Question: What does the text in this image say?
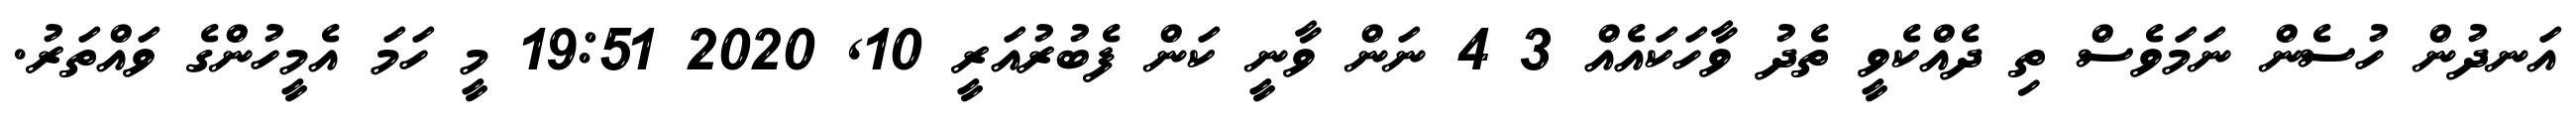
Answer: އަނދުން ހުސެން ނަމަވެސް ތި ދެއްކެވީ ތެދު ވާހަކައެއް 3 4 ނަން ވާނީ ކަން ފެބުރުއަރީ 10, 2020 19:51 މީ ހަމަ އެމީހުންގެ ވައްތަރު.